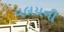
વલયની